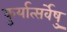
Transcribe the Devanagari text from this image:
कुर्यात्सर्वेषु